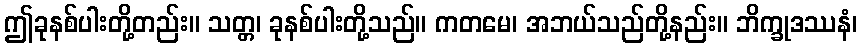
ဤခုနစ်ပါးတို့တည်း။ သတ္တ၊ ခုနစ်ပါးတို့သည်။ ကတမေ၊ အဘယ်သည်တို့နည်း။ ဘိက္ခုဒဿနံ၊